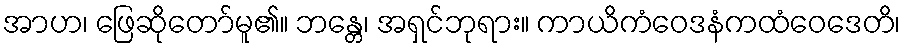
အာဟ၊ ဖြေဆိုတော်မူ၏။ ဘန္တေ၊ အရှင်ဘုရား။ ကာယိကံဝေဒနံကထံဝေဒေတိ၊